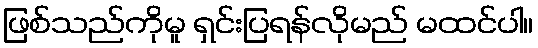
ဖြစ်သည်ကိုမူ ရှင်းပြရန်လိုမည် မထင်ပါ။